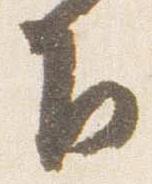
下